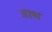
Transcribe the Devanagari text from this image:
प्राथ